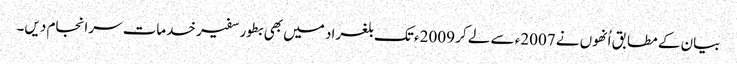
بیان کے مطابق اُنھوں نے 2007ء سے لے کر 2009ء تک بلغراد میں بھی بطور سفیر خدمات سرانجام دیں۔